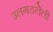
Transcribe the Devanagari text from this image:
उलगडलेली